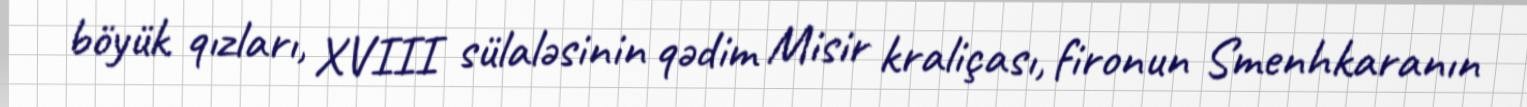
böyük qızları, XVIII sülaləsinin qədim Misir kraliçası, fironun Smenhkaranın